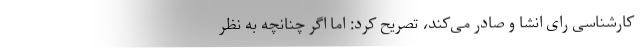
کارشناسی رای انشا و صادر می‌کند، تصریح کرد: اما اگر چنانچه به نظر